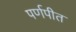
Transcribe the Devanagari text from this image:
पर्णपीत